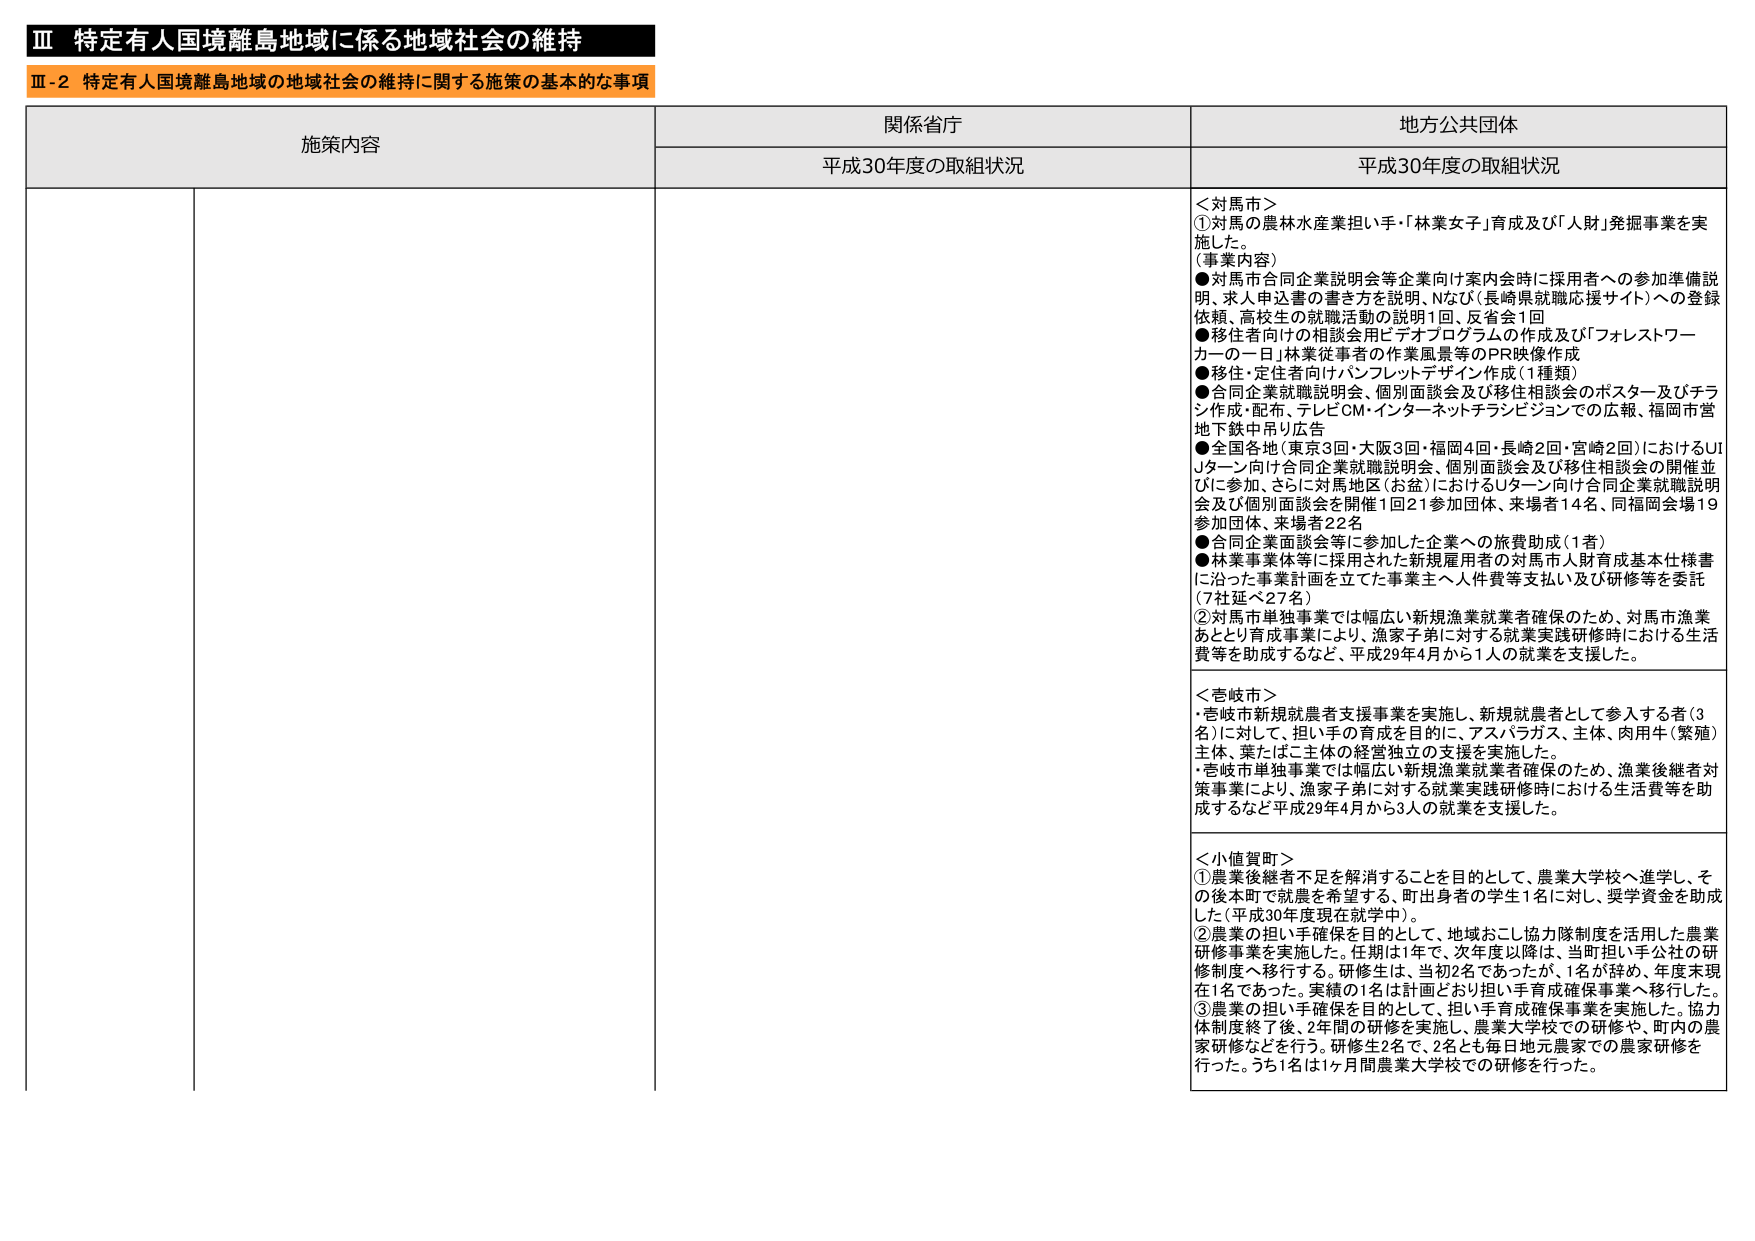
Ⅲ 特定有人国境離島地域に係る地域社会の維持
Ⅲ-2 特定有人国境離島地域の地域社会の維持に関する施策の基本的な事項

施策内容
関係省庁
地方公共団体

平成30年度の取組状況
平成30年度の取組状況

＜対馬市＞
①対馬の農林水産業担い手・「林業女子」育成及び「人財」発掘事業を実施した。
（事業内容）
●対馬市合同企業説明会等企業向け案内会時に採用者への参加準備説明、求人申込書の書き方を説明、N及び（長崎県就職応援サイト）への登録依頼、高校生の就職活動の説明1回、反省会1回
●移住者向けの相談会用ビデオプログラムの作成及び「フォレストワーカーの一日」林業従事者の作業風景等のPR映像作成
●移住・定住者向けパンフレットデザイン作成（1種類）
●合同企業就職説明会、個別面談会及び移住相談会のポスター及びチラシ作成・配布、テレビCM・インターネットチラシビジョンでの広報、福岡市営地下鉄中吊り広告
●全国各地（東京3回・大阪3回・福岡4回・長崎2回・宮崎2回）におけるUIJターン向け合同企業就職説明会、個別面談会及び移住相談会の開催並びに参加、さらに対馬地区（お盆）におけるUIターン向け合同企業就職説明会及び個別面談会を開催1回21参加団体、来場者14名、同福岡会場19参加団体、来場者22名
●合同企業面談会等に参加した企業への旅費助成（1者）
●林業事業体等に採用された新規雇用者の対馬市人財育成基本仕様書に沿った事業計画を立てた事業主へ人件費等支払い及び研修等を委託（7社延べ27名）
②対馬市単独事業では幅広い新規漁業就業者確保のため、対馬市漁業あとり育成事業により、漁家子弟に対する就業実践研修時における生活費等を助成するなど、平成29年4月から1人の就業を支援した。

＜壱岐市＞
・壱岐市新規就農者支援事業を実施し、新規就農者として参入する者（3名）に対して、担い手の育成を目的に、アスパラガス、主体、肉用牛（繁殖）主体、菜たばこ主体の経営独立の支援を実施した。
・壱岐市単独事業では幅広い新規漁業就業者確保のため、漁業後継者対策事業により、漁家子弟に対する就業実践研修時における生活費等を助成するなど平成29年4月から3人の就業を支援した。

＜小値賀町＞
①農業後継者不足を解消することを目的として、農業大学校へ進学し、その後本町で就農を希望する、町出身者の学生1名に対し、奨学資金を助成した（平成30年度現在就学中）。
②農業の担い手確保を目的とし、地域おこし協力隊制度を活用した農業研修事業を実施した。任期は1年で、次年度以降は、当町担い手公社の研修制度へ移行する。研修生は、当初2名であったが、1名が辞め、年度末現在1名であった。実績の1名は計画どおり担い手育成確保事業へ移行した。
③農業の担い手確保を目的として、担い手育成確保事業を実施した。協力体制度終了後、2年間の研修を実施し、農業大学校での研修や、町内の農家研修などを行う。研修生2名で、2名とも毎日地元農家での農家研修を行った。うち1名は1ヶ月間農業大学校での研修を行った。